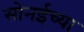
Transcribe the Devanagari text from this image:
सोनईच्या